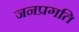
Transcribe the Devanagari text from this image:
जनप्रगति